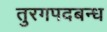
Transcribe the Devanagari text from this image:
तुरगपदबन्ध